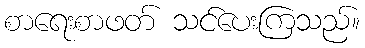
စာရေးစာဖတ် သင်ပေးကြသည်။